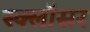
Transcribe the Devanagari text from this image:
स्क्लॉसर